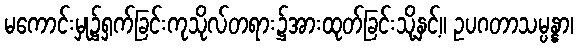
မကောင်းမှု၌ရှက်ခြင်းကုသိုလ်တရား၌အားထုတ်ခြင်းသို့နှင့်။ ဥပဂတာသမ္ပန္နာ၊